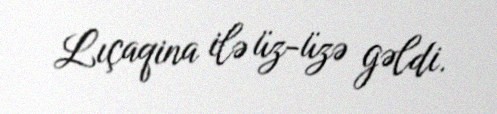
Lıçaqina ilə üz-üzə gəldi.